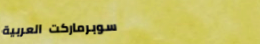
سوبرماركت العربية